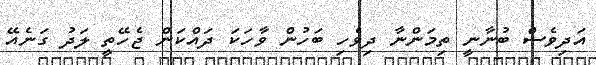
އަދިވެސް ބުނާނީ ތިމަންނާ ދިވެހި ބަހުން ވާހަކަ ދައްކަން ޖެހޭތީ ލަދު ގަނެއޭ